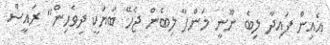
އެއިން ފައިދާ ލިބެ ނޫނީ މަންފާ ލިބެން ޖެހޭ ބަޔަކީ ދިވެހިން" ރައީސް